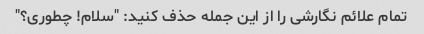
تمام علائم نگارشی را از این جمله حذف کنید: "سلام! چطوری؟"